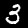
Label: 3